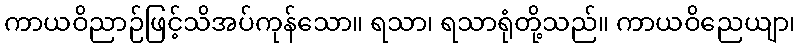
ကာယဝိညာဉ်ဖြင့်သိအပ်ကုန်သော။ ရသာ၊ ရသာရုံတို့သည်။ ကာယဝိညေယျာ၊